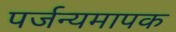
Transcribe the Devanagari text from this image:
पर्जन्यमापक